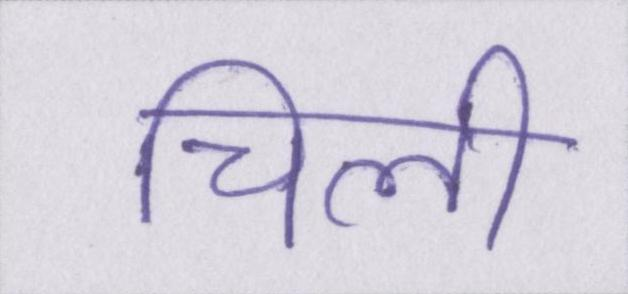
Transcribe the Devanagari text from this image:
चिली